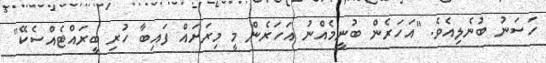
ހަސަނު ބުނެލިއެވެ. "އަހަރެން ބުނީމެއްނު އަހަރެން މީ މިރަށައް ފައިބާ ހުރި ބީރައްޓެއްސެކޭ"